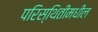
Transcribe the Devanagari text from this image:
परिस्थितीमधील